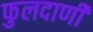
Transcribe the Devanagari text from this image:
फुलदाणी